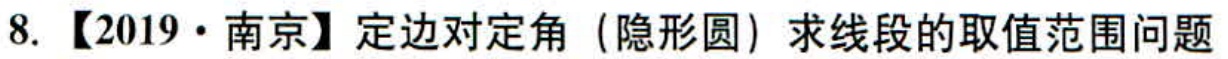
8. 【2019·南京】定边对定角（隐形圆）求线段的取值范围问题